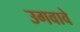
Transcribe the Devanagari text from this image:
उगवावे